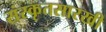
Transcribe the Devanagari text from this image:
संस्कृतसारखी